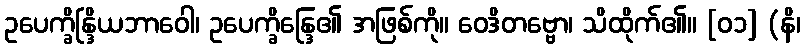
ဥပေက္ခိန္ဒြိယဘာဝေါ၊ ဥပေက္ခိန္ဒြေ၏ အဖြစ်ကို။ ဝေဒိတဗ္ဗော၊ သိထိုက်၏။ [၀၁] (နိ၊